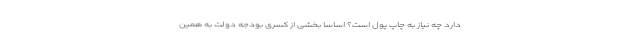
دارد چه نیاز به چاپ پول است؟ اساسا بخشی از کسری بودجه دولت به همین